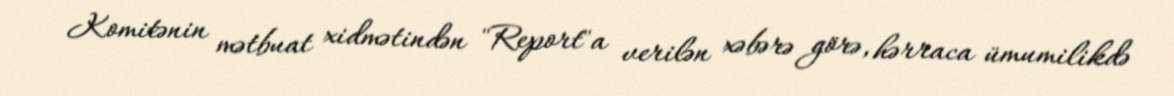
Komitənin mətbuat xidmətindən "Report"a verilən xəbərə görə, hərraca ümumilikdə